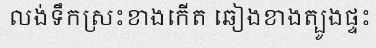
លង់ទឹកស្រះខាងកើត ឆៀងខាងត្បូងផ្ទះ